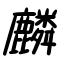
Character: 麟